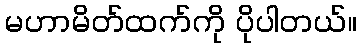
မဟာမိတ်ထက်ကို ပိုပါတယ်။